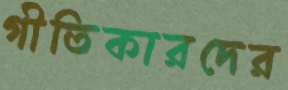
গীতিকারদের